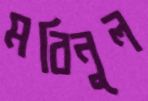
মবিনুল